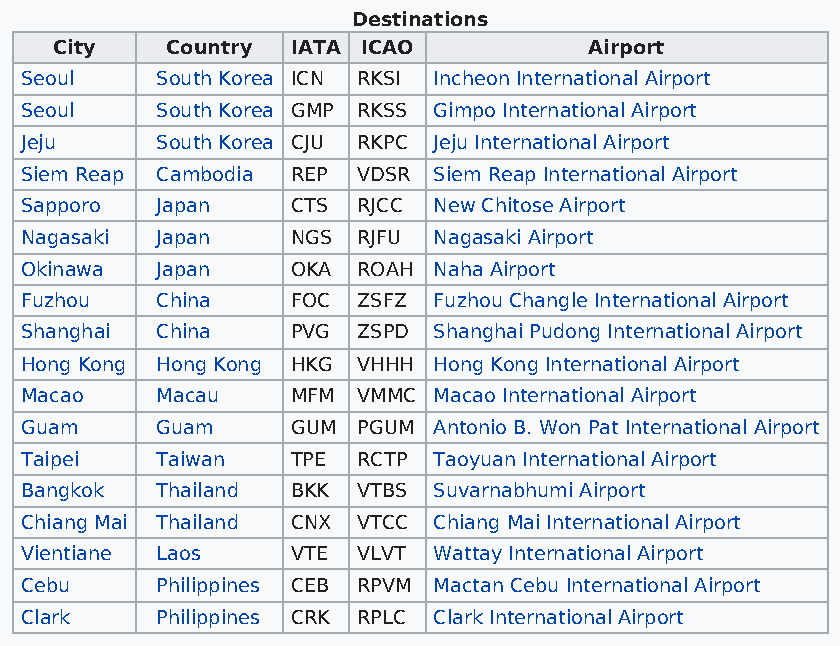
Destinations
 City   Country IATA ICAO           Airport
 Seoul    South Korea ICN RKSI Incheon International Airport
 Seoul    South Korea GMP RKSS Gimpo International Airport
 Jeju     South Korea CJU RKPC Jeju International Airport
 Siem Reap Cambodia REP VDSR Siem Reap International Airport
 Sapporo  Japan    CTS  RJCC New Chitose Airport
 Nagasaki Japan    NGS  RJFU Nagasaki Airport
 Okinawa  Japan    OKA  ROAH Naha Airport
 Fuzhou   China    FOC  ZSFZ Fuzhou Changle International Airport
 Shanghai China    PVG  ZSPD Shanghai Pudong International Airport
 Hong Kong Hong Kong HKG VHHH Hong Kong International Airport
 Macao    Macau    MFM  VMMC Macao International Airport
 Guam     Guam     GUM  PGUM Antonio B. Won Pat International Airport
 Taipei   Taiwan   TPE  RCTP Taoyuan International Airport
 Bangkok  Thailand BKK  VTBS Suvarnabhumi Airport
 Chiang Mai Thailand CNX VTCC Chiang Mai International Airport
 Vientiane Laos    VTE  VLVT Wattay International Airport
 Cebu     Philippines CEB RPVM Mactan Cebu International Airport
 Clark    Philippines CRK RPLC Clark International Airport